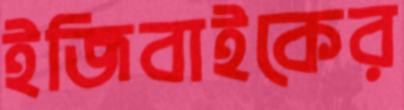
ইজিবাইকের